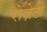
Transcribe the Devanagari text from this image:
रोज़ेटी